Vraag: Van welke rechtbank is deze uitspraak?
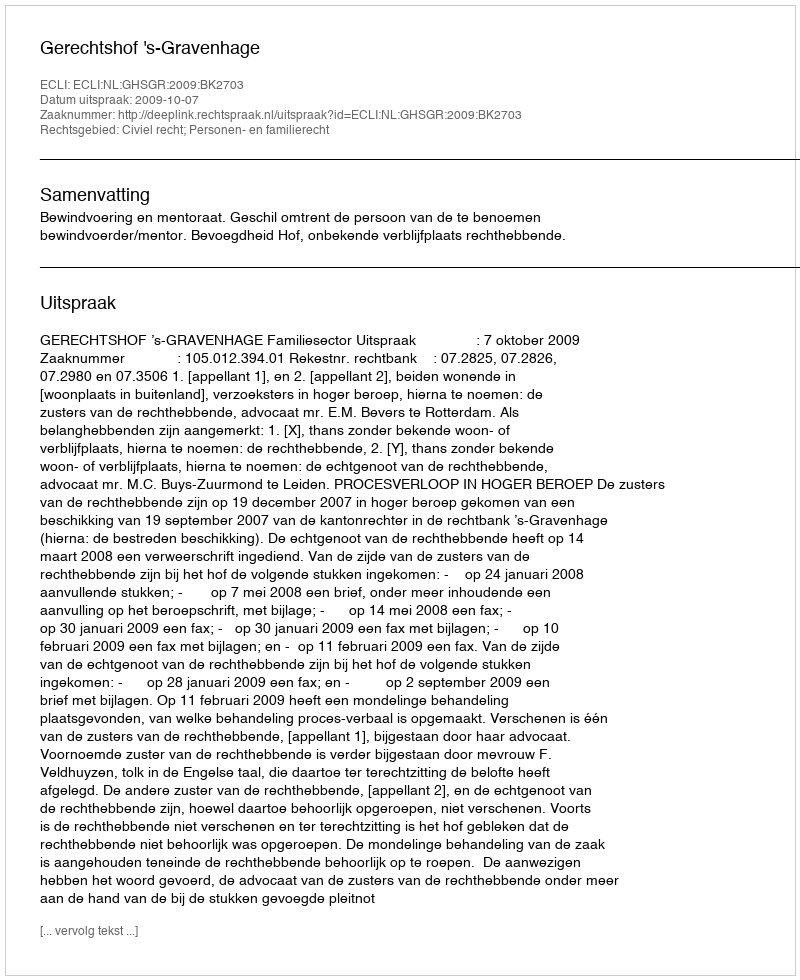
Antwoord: Gerechtshof 's-Gravenhage